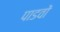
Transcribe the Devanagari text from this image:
पाडवों